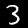
Label: 3